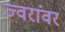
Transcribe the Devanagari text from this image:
ज्वरांवर